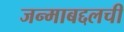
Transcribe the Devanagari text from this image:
जन्माबद्दलची